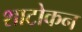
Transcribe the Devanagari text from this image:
शाटोकन